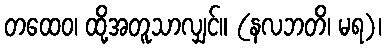
တထေဝ၊ ထို့အတူသာလျှင်။ (နလဘတိ၊ မရ)၊